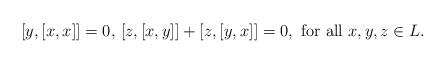
LaTeX: \begin{align*}[y,[x,x]]=0,\,[z,[x,y]]+[z,[y,x]]=0,\textnormal{ for all }x,y,z\in L.\end{align*}